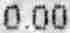
0.00